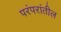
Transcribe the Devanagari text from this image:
परंपरांतील